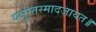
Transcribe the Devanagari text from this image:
यजुस्तस्मादजायत॥